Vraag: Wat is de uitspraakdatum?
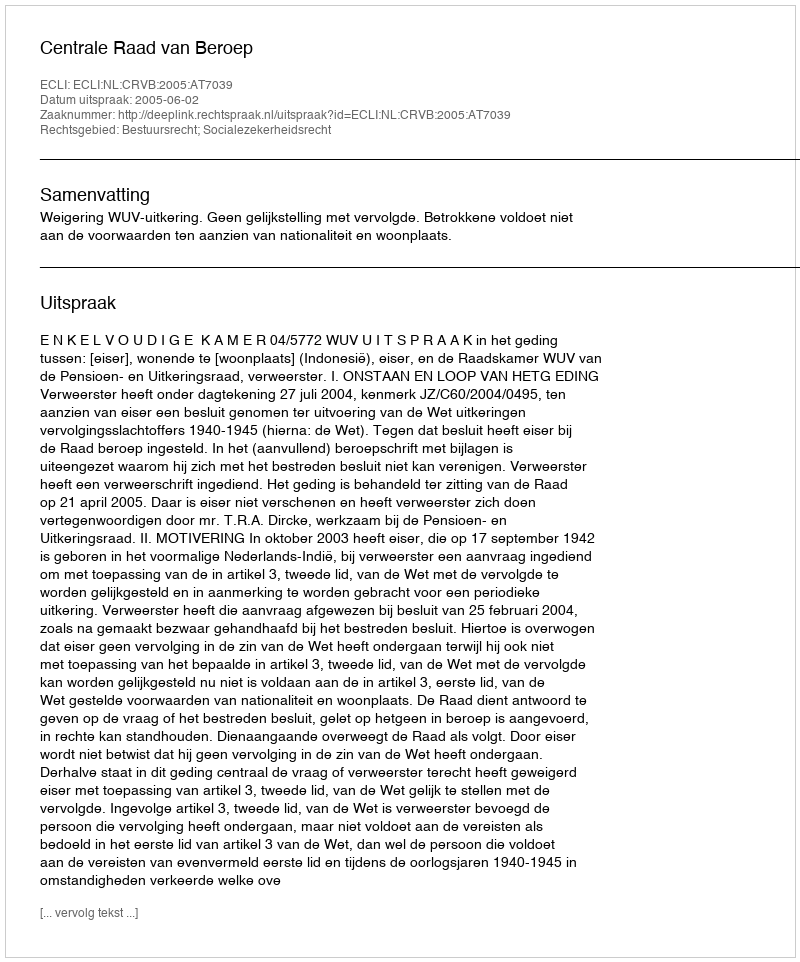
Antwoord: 2005-06-02